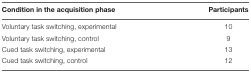
<table><thead><tr><td><b>Condition in the acquisition phase</b></td><td><b>Participants</b></td></tr></thead><tbody><tr><td>Voluntary task switching, experimental</td><td>10</td></tr><tr><td>Voluntary task switching, control</td><td>9</td></tr><tr><td>Cued task switching, experimental</td><td>13</td></tr><tr><td>Cued task switching, control</td><td>12</td></tr></tbody></table>